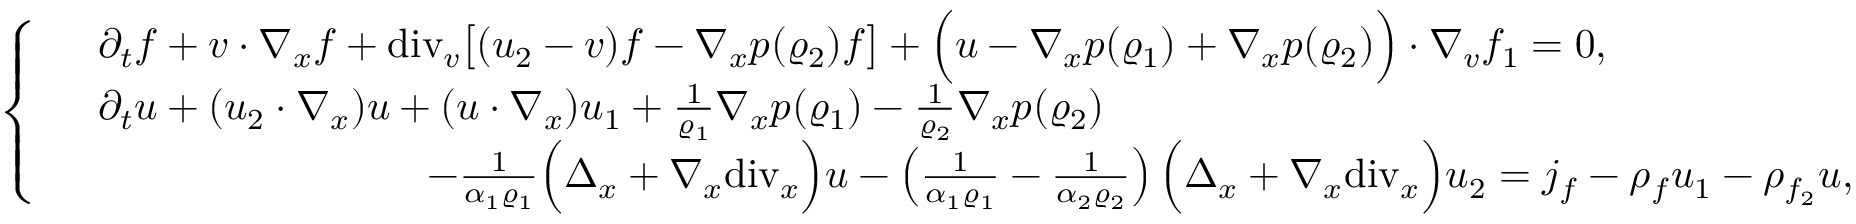
\left\{ \begin{array} { r l } & { \partial _ { t } f + v \cdot \nabla _ { x } f + \mathrm { d i v } _ { v } \big [ ( u _ { 2 } - v ) f - \nabla _ { x } p ( \varrho _ { 2 } ) f \big ] + \Big ( u - \nabla _ { x } p ( \varrho _ { 1 } ) + \nabla _ { x } p ( \varrho _ { 2 } ) \Big ) \cdot \nabla _ { v } f _ { 1 } = 0 , } \\ & { \partial _ { t } u + ( u _ { 2 } \cdot \nabla _ { x } ) u + ( u \cdot \nabla _ { x } ) u _ { 1 } + \frac { 1 } { \varrho _ { 1 } } \nabla _ { x } p ( \varrho _ { 1 } ) - \frac { 1 } { \varrho _ { 2 } } \nabla _ { x } p ( \varrho _ { 2 } ) } \\ & { \qquad \qquad \qquad \qquad - \frac { 1 } { \alpha _ { 1 } \varrho _ { 1 } } \Big ( \Delta _ { x } + \nabla _ { x } \mathrm { d i v } _ { x } \Big ) u - \left( \frac { 1 } { \alpha _ { 1 } \varrho _ { 1 } } - \frac { 1 } { \alpha _ { 2 } \varrho _ { 2 } } \right) \Big ( \Delta _ { x } + \nabla _ { x } \mathrm { d i v } _ { x } \Big ) u _ { 2 } = j _ { f } - \rho _ { f } u _ { 1 } - \rho _ { f _ { 2 } } u , } \end{array} \right.